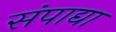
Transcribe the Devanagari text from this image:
संपाद्या